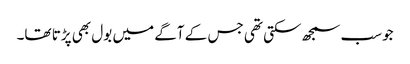
جوسب سمجھ سکتی تھی جس کے آگے میں بول بھی پڑتا تھا۔